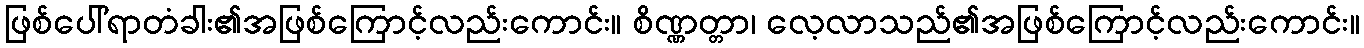
ဖြစ်ပေါ်ရာတံခါး၏အဖြစ်ကြောင့်လည်းကောင်း။ စိဏ္ဏတ္တာ၊ လေ့လာသည်၏အဖြစ်ကြောင့်လည်းကောင်း။